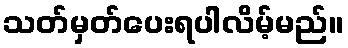
သတ်မှတ်ပေးရပါလိမ့်မည်။